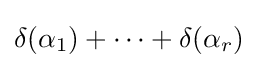
\delta (\alpha _{1})+\cdots +\delta (\alpha _{r})